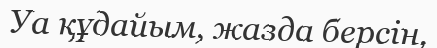
Уа құдайым, жазда берсін,